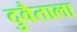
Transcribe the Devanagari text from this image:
दुवैताला